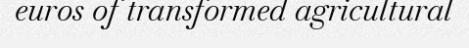
euros of transformed agricultural